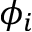
\phi _ { i }